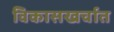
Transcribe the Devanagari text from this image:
विकासखर्चात